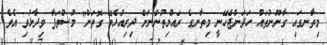
މިތާނގައި ގާނޫނުތައް ހަދަންޖެހޭނީ މިތާނގެ ރައްޔިތުންނަށް ދިރިއުޅެވޭ ގޮތަށް" މުސްތަފާ ވިދާޅުވި އެވެ.